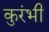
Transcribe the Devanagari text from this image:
कुरंभी